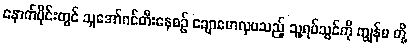
နောက်ပိုင်းတွင် သူအော်ဂင်တီးနေစဉ် ချောမောလှပသည့် သူ့ရပ်သွင်ကို ကျွန်မ တို့